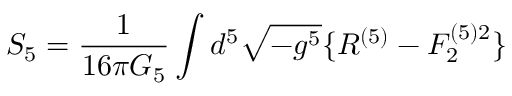
S _ { 5 } = \frac { 1 } { 1 6 \pi G _ { 5 } } \int d ^ { 5 } \sqrt { - g ^ { 5 } } \{ R ^ { ( 5 ) } - F _ { 2 } ^ { ( 5 ) 2 } \}